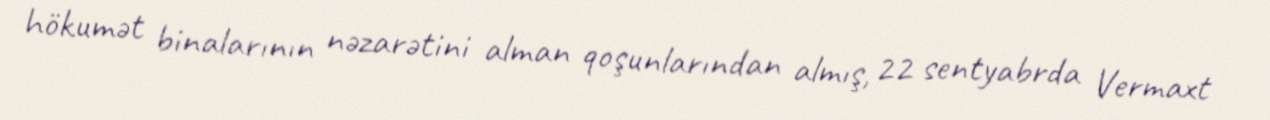
hökumət binalarının nəzarətini alman qoşunlarından almış, 22 sentyabrda Vermaxt